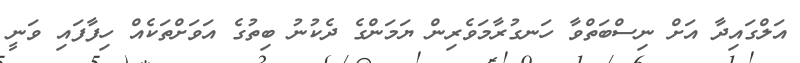
އަލްގައިދާ އަށް ނިސްބަތްވާ ހަނގުރާމަވެރިން ޔަމަންގެ ދެކުނު ބިތުގެ އަވަށްތަކެއް ހިފާފައި ވަނީ